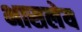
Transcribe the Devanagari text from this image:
भासलेय